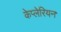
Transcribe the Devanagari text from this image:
केप्लेरियन